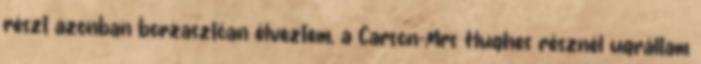
részt azonban borzasztóan élveztem, a Carson-Mrs Hughes résznél ugráltam